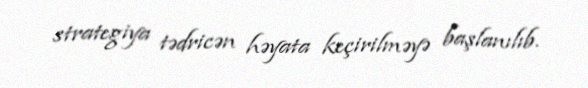
strategiya tədricən həyata keçirilməyə başlanılıb.